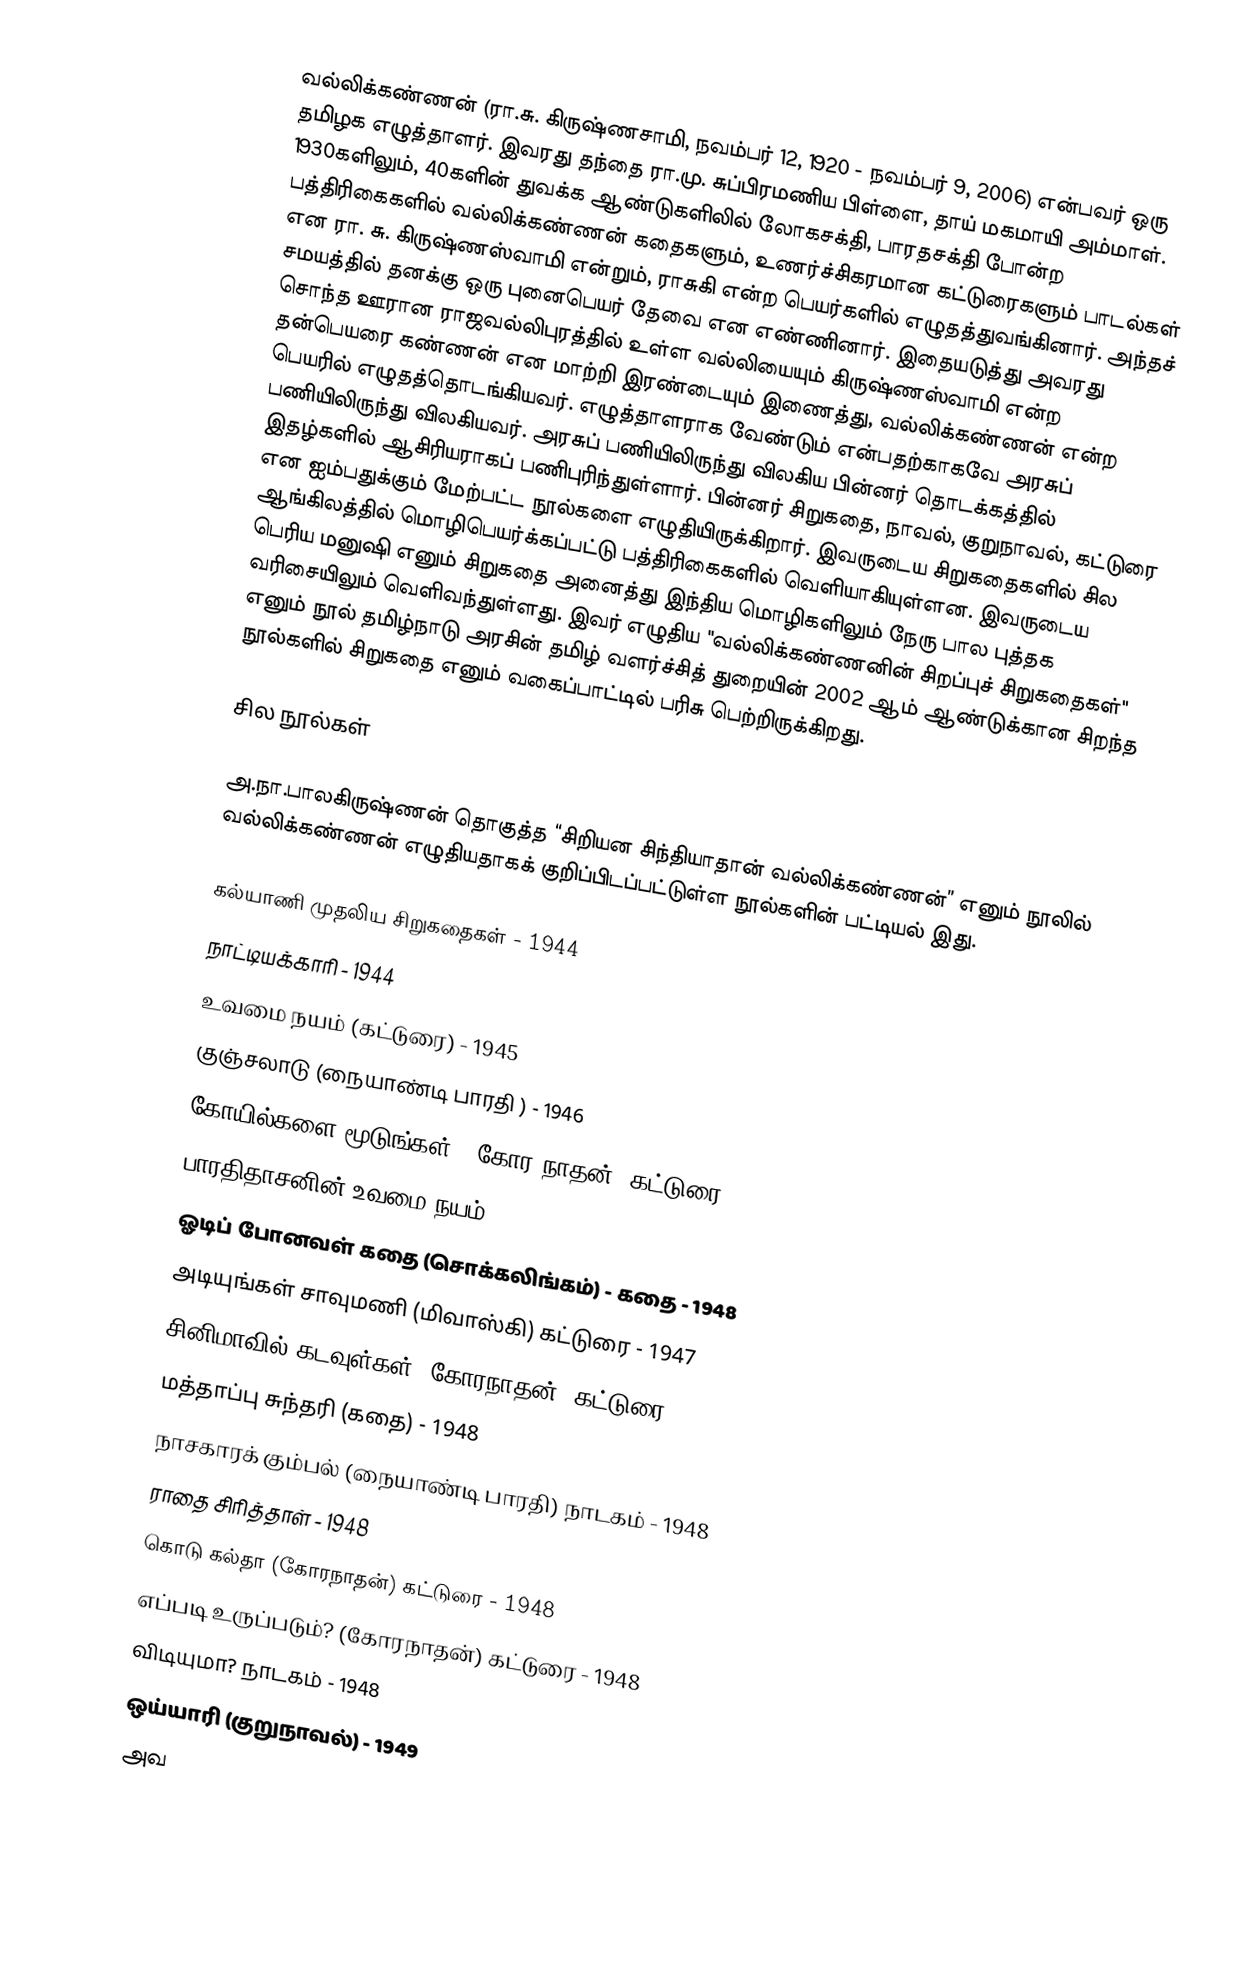
வல்லிக்கண்ணன் (ரா.சு. கிருஷ்ணசாமி, நவம்பர் 12, 1920 - நவம்பர் 9, 2006) என்பவர் ஒரு தமிழக எழுத்தாளர். இவரது தந்தை ரா.மு. சுப்பிரமணிய பிள்ளை, தாய் மகமாயி அம்மாள். 1930களிலும், 40களின் துவக்க ஆண்டுகளிலில் லோகசக்தி, பாரதசக்தி போன்ற பத்திரிகைகளில் வல்லிக்கண்ணன் கதைகளும், உணர்ச்சிகரமான கட்டுரைகளும் பாடல்கள் என ரா. சு. கிருஷ்ணஸ்வாமி என்றும், ராசுகி என்ற பெயர்களில் எழுதத்துவங்கினார். அந்தச் சமயத்தில் தனக்கு ஒரு புனைபெயர் தேவை என எண்ணினார். இதையடுத்து அவரது சொந்த ஊரான ராஜவல்லிபுரத்தில் உள்ள வல்லியையும் கிருஷ்ணஸ்வாமி என்ற தன்பெயரை கண்ணன் என மாற்றி இரண்டையும் இணைத்து, வல்லிக்கண்ணன் என்ற பெயரில் எழுதத்தொடங்கியவர்.  எழுத்தாளராக வேண்டும் என்பதற்காகவே அரசுப் பணியிலிருந்து விலகியவர். அரசுப் பணியிலிருந்து விலகிய பின்னர் தொடக்கத்தில் இதழ்களில் ஆசிரியராகப் பணிபுரிந்துள்ளார். பின்னர் சிறுகதை, நாவல், குறுநாவல், கட்டுரை என ஐம்பதுக்கும் மேற்பட்ட நூல்களை எழுதியிருக்கிறார். இவருடைய சிறுகதைகளில் சில ஆங்கிலத்தில் மொழிபெயர்க்கப்பட்டு பத்திரிகைகளில் வெளியாகியுள்ளன. இவருடைய பெரிய மனுஷி எனும் சிறுகதை அனைத்து இந்திய மொழிகளிலும் நேரு பால புத்தக வரிசையிலும் வெளிவந்துள்ளது. இவர் எழுதிய "வல்லிக்கண்ணனின் சிறப்புச் சிறுகதைகள்" எனும் நூல் தமிழ்நாடு அரசின் தமிழ் வளர்ச்சித் துறையின் 2002 ஆம் ஆண்டுக்கான சிறந்த நூல்களில் சிறுகதை எனும் வகைப்பாட்டில் பரிசு பெற்றிருக்கிறது.

சில நூல்கள்

அ.நா.பாலகிருஷ்ணன் தொகுத்த “சிறியன சிந்தியாதான் வல்லிக்கண்ணன்” எனும் நூலில் வல்லிக்கண்ணன் எழுதியதாகக் குறிப்பிடப்பட்டுள்ள நூல்களின் பட்டியல் இது.

 கல்யாணி முதலிய சிறுகதைகள் - 1944
 நாட்டியக்காரி - 1944
 உவமை நயம் (கட்டுரை) - 1945
 குஞ்சலாடு  (நையாண்டி பாரதி ) - 1946
 கோயில்களை மூடுங்கள்!  (கோர நாதன்) கட்டுரை - 1946
 பாரதிதாசனின் உவமை நயம் - 1946
 ஓடிப் போனவள் கதை (சொக்கலிங்கம்)  - கதை  - 1948
 அடியுங்கள் சாவுமணி (மிவாஸ்கி) கட்டுரை  - 1947
 சினிமாவில் கடவுள்கள்  (கோரநாதன்) கட்டுரை -1948
 மத்தாப்பு சுந்தரி (கதை) - 1948
 நாசகாரக் கும்பல் (நையாண்டி பாரதி) நாடகம் - 1948
 ராதை சிரித்தாள் - 1948
 கொடு கல்தா (கோரநாதன்) கட்டுரை - 1948
 எப்படி உருப்படும்? (கோரநாதன்) கட்டுரை - 1948
 விடியுமா?  நாடகம் - 1948
 ஒய்யாரி (குறுநாவல்) - 1949
 அவ